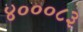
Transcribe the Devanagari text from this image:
४०००८३